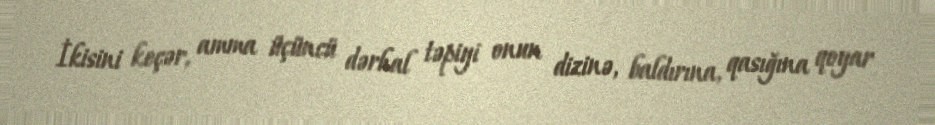
İkisini keçər, amma üçüncü dərhal təpiyi onun dizinə, baldırına, qasığına qoyar